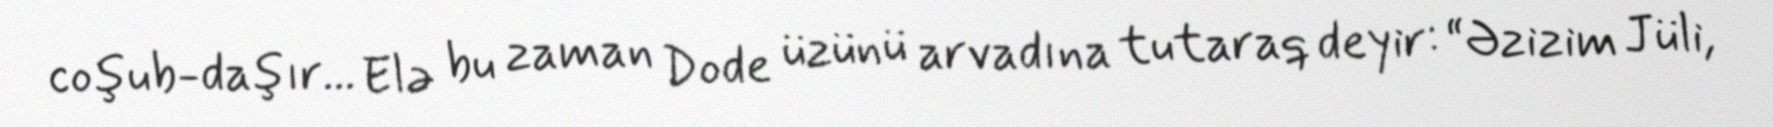
coşub-daşır... Elə bu zaman Dode üzünü arvadına tutaraq deyir: “Əzizim Jüli,